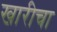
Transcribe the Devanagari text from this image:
खारीचा